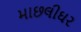
માછલીઘર